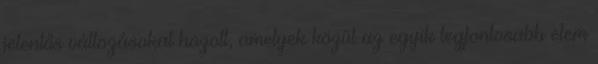
jelentős változásokat hozott, amelyek közül az egyik legfontosabb elem